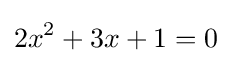
2x^{2}+3x+1=0